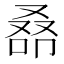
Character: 𠭞